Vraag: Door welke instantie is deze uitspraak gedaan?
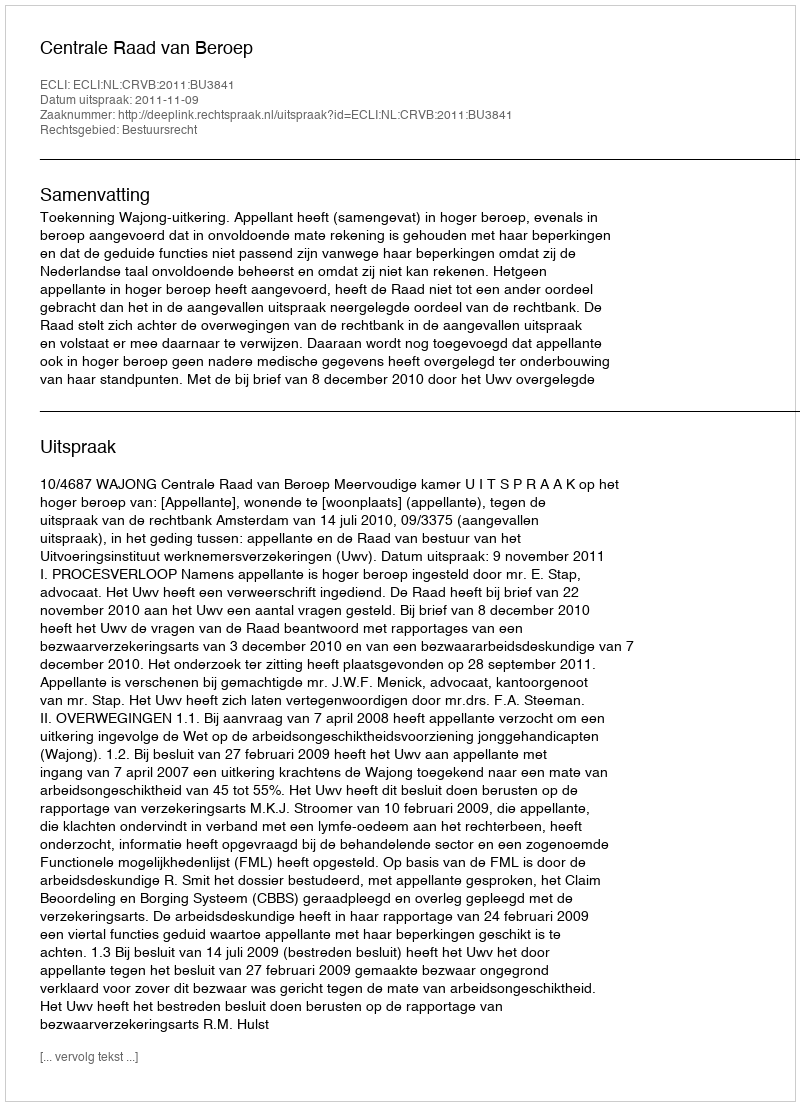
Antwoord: Centrale Raad van Beroep